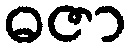
ဓဇာ